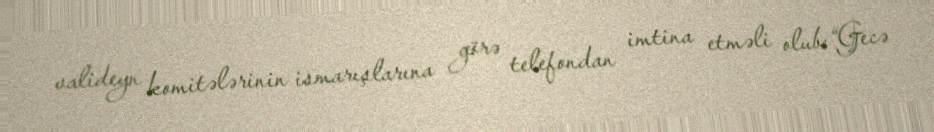
valideyn komitələrinin ismarışlarına görə telefondan imtina etməli olub: “Gecə